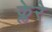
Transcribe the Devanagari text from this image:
क्लेरे